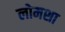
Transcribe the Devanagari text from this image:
लोमशा